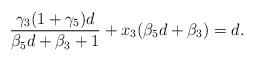
LaTeX: \begin{align*}\frac{\gamma_{3}(1+\gamma_{5})d}{\beta_{5}d+\beta_{3}+1}+x_{3}(\beta_{5}d+\beta_{3})=d.\end{align*}